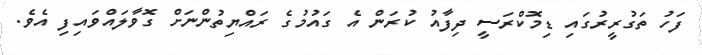
ފަހު ތަގުރީރުގައި ޑިމޮކްރަސީ ދިފާއު ކުރަން އެ ގައުމުގެ ރައްޔިތުންނަށް ގޮވާލައްވައިފި އެވެ.